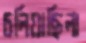
চলিয়াছিলা